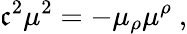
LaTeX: \mathfrak{c}^{2}\mu^{2}=-\mu_{\rho}\mu^{\rho}\ ,